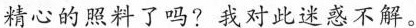
精心的照料了吗?我对此迷惑不解。